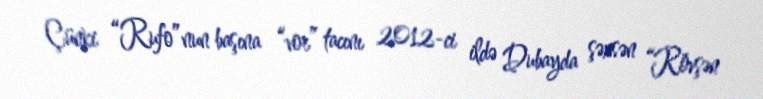
Çünki “Rufo”nun başına “vor” tacını 2012-ci ildə Dubayda şəxsən “Rövşən